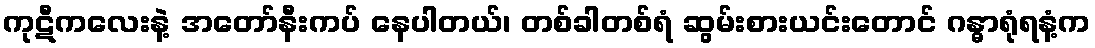
ကုဋီကလေးနဲ့ အတော်နီးကပ် နေပါတယ်၊ တစ်ခါတစ်ရံ ဆွမ်းစားယင်းတောင် ဂန္ဓာရုံရနံ့က